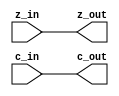
module zero_out (z_in, c_in,z_out,c_out);
input z_in,c_in;
output z_out,c_out;
reg z,c;

   assign z_out=z;
   assign c_out=c;
 
always @(z_in or c_in ) begin : proc_
	z=z_in;
	c=c_in;
	
end

endmodule